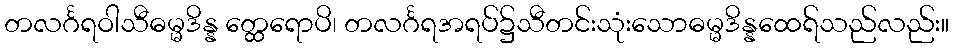
တလင်္ဂရဝါသီဓမ္မဒိန္န တ္ထေရောပိ၊ တလင်္ဂရအရပ်၌သီတင်းသုံးသောဓမ္မဒိန္နထေရ်သည်လည်း။